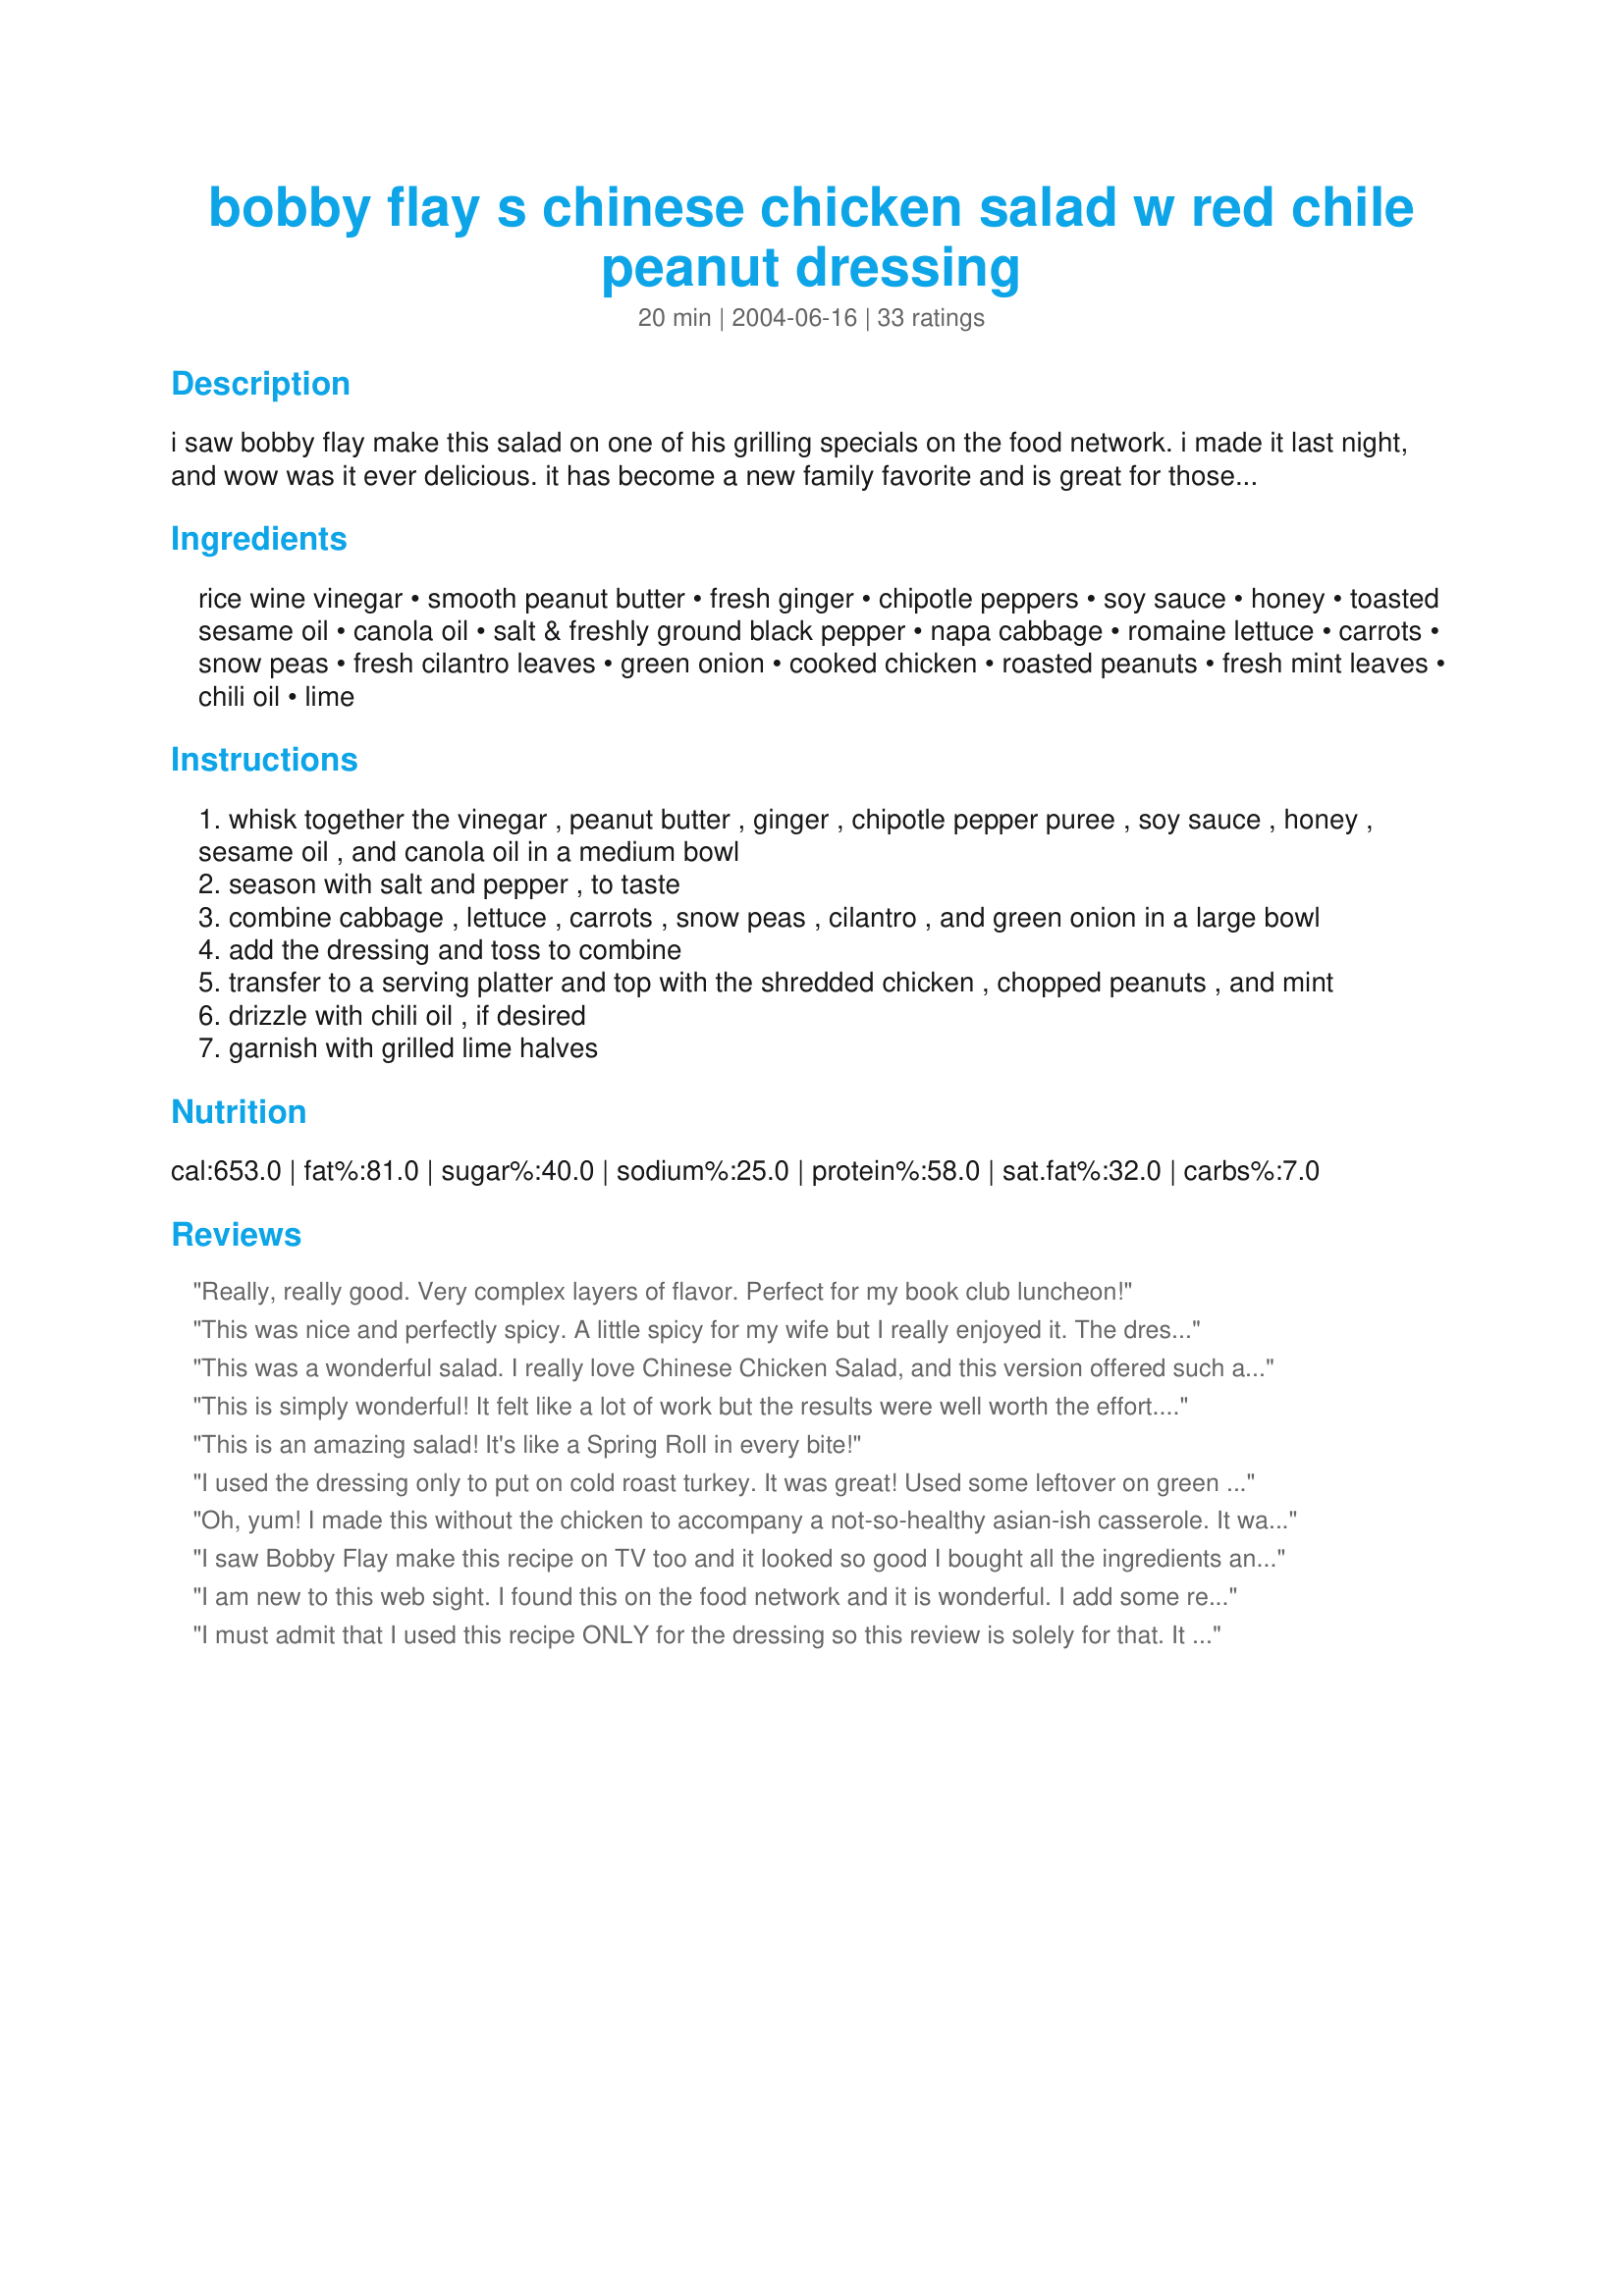
bobby flay s chinese chicken salad w red chile peanut dressing
Preparation time: 20 minutes

i saw bobby flay make this salad on one of his grilling specials on the food network. i made it last night, and wow was it ever delicious. it has become a new family favorite and is great for those who like a little spiciness with a nice crisp, cool salad. it is really easy to make and very easy to eat.

Ingredients:
rice wine vinegar, smooth peanut butter, fresh ginger, chipotle peppers, soy sauce, honey, toasted sesame oil, canola oil, salt & freshly ground black pepper, napa cabbage, romaine lettuce, carrots, snow peas, fresh cilantro leaves, green onion, cooked chicken, roasted peanuts, fresh mint leaves, chili oil, lime

Steps:
whisk together the vinegar , peanut butter , ginger , chipotle pepper puree , soy sauce , honey , sesame oil , and canola oil in a medium bowl
season with salt and pepper , to taste
combine cabbage , lettuce , carrots , snow peas , cilantro , and green onion in a large bowl
add the dressing and toss to combine
transfer to a serving platter and top with the shredded chicken , chopped peanuts , and mint
drizzle with chili oil , if desired
garnish with grilled lime halves

Reviews:
Really, really good. Very complex layers of flavor. Perfect for my book club luncheon!
This was nice and perfectly spicy. A little spicy for my wife but I really enjoyed it. The dressing is also awesome so make extra. I will be repeating this!
This was a wonderful salad. I really love Chinese Chicken Salad, and this version offered such a wonderful combination of flavors and textures. It was really worth the effort. I don't normally like cilantro, but it worked quite well in this recipe. I made this salad for the "And the Secret Ingredient Is...." tag game.
This is simply wonderful! It felt like a lot of work but the results were well worth the effort. Don't forget the mint. It really adds the perfect touch to the mild spiciness of the chipotle peppers! Try this one!!! THanks for the wonderful recipe!!
This is an amazing salad! It's like a Spring Roll in every bite!
I used the dressing only to put on cold roast turkey. It was great! Used some leftover on green beans the next day & that was yummy also. The only change I made was using hot sauce instead of chipotle peppers and reducing the ginger.
Oh, yum! I made this without the chicken to accompany a not-so-healthy asian-ish casserole. It was a big hit with even my kids! I julienned some jicama (cause I had it and thought the crunch would be good). I balked at the mint, since I'm just not a mint fan, however it was wonderful - everything worked together beautifully! I am thinking will make the dressing in advance and keep it in the fridge or freezer. Very addictive dressing. I will definitely make this again. I can't wait to serve this to friends and family -- and expect to be asked for the recipe. Thanks for sharing it!
I saw Bobby Flay make this recipe on TV too and it looked so good I bought all the ingredients and made it the next day! I followed the recipe exactly, except I used leftover roast chicken. This is a perfect light supper on a warm summer day. Best of all, no cooking. Another thing I've done is portion it out into 4 individual servings, keeping the dressing separate. Then, when you want a salad, just pour some dressing over a portion! Makes a few quick & tasty lunches during the week!
I am new to this web sight. I found this on the food network and it is wonderful. I add some red cabbage for extra color and crunch. Also fry up sliced won ton skins for even more crunch on the top!!!! One of my family favorites.
I must admit that I used this recipe ONLY for the dressing so this review is solely for that.
It was absolutely delicious! Very flavorful and more of a sauce than a dressing for the salad. It was smooth and not too oily. I did not have any chipotle peppers so I omitted that entirely. The fresh ginger was substituted for what I had on hand: powdered ground ginger. I did not have canola oil so I used vegetable oil. I actually didn't use any salt or pepper at all. This was a FABULOUS dressing that my whole table enjoyed! Thanks for the post.
Terrific salad! Made it per the recipe except I got a bit lazy and diced the chicken rather than shred it. I recommend shredding it. The lighter texture is much better suited to the rest of the salad. This is going to be a repeat at our house. Thank you, shimmerchk.
It takes awhile to prepare, but well worth the effort! It was sooo hot here I did not want to cook. I followed the recipe, except I could not find Chipotle paste and made my own, didn’t have mint or chili oil. FABULOIS!
Excellent Chinese Salad. My napa cabbage that I bought was all bad so had to use only romaine but that was fine. The dressing is what makes the whole recipe to me although I used Chile sauce in place of the chipotle peppers, puree. Thanks so much for sharing. I'll make this one again. :) Made for Cookbook Tag Game
The dressing in this recipe is very balanced and the snow peas add a nice crunch. I had all of the ingredients on hand, except fresh ginger. The dressing was still very tasty without it. I will make this again. It was very easy! Thanks for posting this recipe.
I couldn't even wait until we were done with dinner to write this review!! OMG! I followed the instructions to the letter, and it is PERFECT! I usually find a little something to change in some of the recipes here, but not this one. Perfect as is!!!
Fantastic! I mixed the dressing in my food processor & used pre-cut romaine hearts/cole slaw mix. Easy and very tasty. Thanks for a winner!
This received rave reviews at tonights bbq. I used grilled chicken breasts instead of the rotisserie but otherwise followed it to the letter.
Wow!! Wow!! Wow!! Thanks so much for sharing. Delicious just as written. Thanks for sharing! :O)
The Red Chile Peanut Dressing is wonderful. Very well balanced and not too much peanut flavor.<br/>I prepared just a bit hotter and let stand one day and used it on an Asian dry rubbed tenderloin a top a mixed romaine, kalmata and mixed grilled pepper salad. Pefect! Thanks for the post.
I have to agree. This recipe is all about the dressing. I could bathe in the stuff. Think I'll add a little more chipotle next time to kick it up a notch.
This is a REALLY GREAT salad. I made it as written with my only exceptions being that I used baby haricot verts that I blanched instead of the snow peas and that I used slightly less oil than called for. My main regret was that I purchased a whole can of chipotle peppers to use just two teaspoons for the dressing! Next time I will substitute sriracha and smoked paprika for the chipotle. This is a super salad, though, with a really great dressing. I'll make this one again. Thanks for posting.
The dressing is AMAZING!!! I didn't have any chipotle, so I subbed chili/garlic sauce. I also added mandarine oranges to the salad. It was OUTSTANDING!!! I will definitely make this again.
5 stars for something that is so quick and easy to make, but still tastes good.
The flavor combinations worked surprisingly well together, and I used a purchased rotisserie chicken, so making this took very litle time.
I did omit the mint leaves (forgot to purchase them).
This reminds me of a deconstructed lettuce wrap.
Thanks for a great recipe! :)
I made this for a family gathering and everyone loved it!. I made the dressing exactly as written, added slivered toasted almonds, and it was delicious!!
I totally forgot to review this! It's a wonderful salad, made it for a friend of mine and we devoured it.
This recipe was a winner to say the least...I changed it alittle because I wanted to give the chicken more flavor....I opened the seasoning pack of chicken top ramen and dredged the chicken pieces through it.(I cut the chicken in bite size pieces) I put sesame oil in my pan with two cloves of garlic and sauted the chicken....I then added a bit of garlic salt, season salt and pepper to the chicken while cooking...Decided that it would need a little heat so I added about one teaspoon of chili garlic sauce (found in Asian stores) and a little drizzle of chili oil....it came out so tasty and think it added to your already wonderful dish....I was married to a asian man and got use to cooking very spicy.....I am going on to checking for more of your posts....thanks....Oh, another thing that I tried was the oriental rice noodles, but I think that next time I am going to try the dry chow mein noodles....The sauce was perfect....
Loved this salad and dressing. I will make it many times again. I did make the dressing ahead and let it meld together. Tasted it when I was done making it and thought I didn't like it but later loved it. forgot the peanuts but will add those next time.
I am not crazy about chipotle peppers and wanted something more asian tasting so i substituted siracha sauce. I did not have green onions and substituted some fresh shallot greens and substituted thinly sliced celery for the snow peas (which I also didn't have). I shredded chicken left over from last nights barbecue as well. I am not crazy about mint (pulled up too much of it as a child) so doubled the cilantro. I also ommitted the peanuts. Let's face it. The dressing is the star of this recipe. Or should I say 5 Stars! Thanks for posting.
OMG, this salad was totally amazing Shimmerchk!! I did however make my own chipotle puree from the whole ones in a store-bought jar, and used diced chicken (I too was a bit lazy LOL!) the dressing in this recipe is just so yummy I am thinking I will use this on other salads also!..I didn't have any mint leaves, so I left that out, but don't leave out the peanuts, they give the salad such a wonderful texture and flavor...this is better than any top restaurant salad...thank you so much for sharing, I will make this again and again!...Kitten:)
Fabulous! I doubled the sauce.
Amazingly flavorful and crunchy salad. Followed directions exactly and it turned out great--the dressing is divine! Don't forget the peanuts and lime. Cilantro would go well if you don't have mint.
I was looking for this dressing recipe & thank you for posting! I have made the dressing only & it seems to INTOXICATE my guests!
Crunchy fresh and delicious. I used smoked chicken breasts from my local deli. For Aussie readers, in place of puree of chipotle peppers, I used Mango Chilli sauce with Chipotles, made by Byron Bay Chilli Co. It was perfect. The salad is a great base to play around with - you could add or substitite sliced red bell pepper (which I did), beansprouts, celery etc. Thanks for a great recipe.
